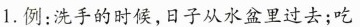
1.例：洗手的时候，日子从水盆里过去；吃